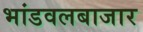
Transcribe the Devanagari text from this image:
भांडवलबाजार